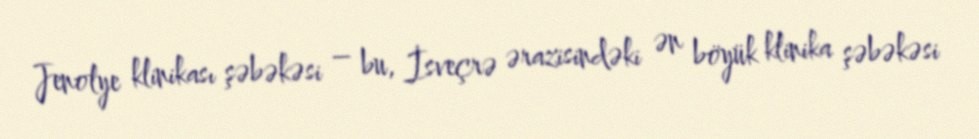
Jenolye klinikası şəbəkəsi – bu, İsveçrə ərazisindəki ən böyük klinika şəbəkəsi